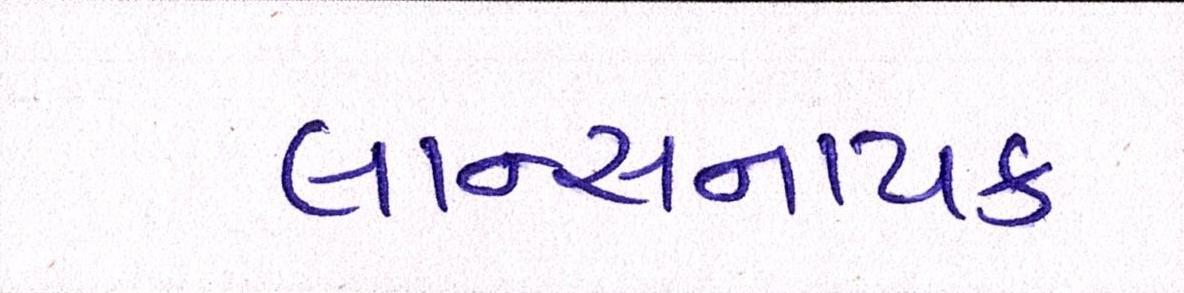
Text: લાન્સનાયક